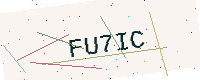
Text: FU7IC